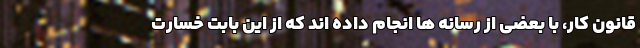
قانون کار، با بعضی از رسانه ‌ها انجام داده ‌اند که از این بابت خسارت